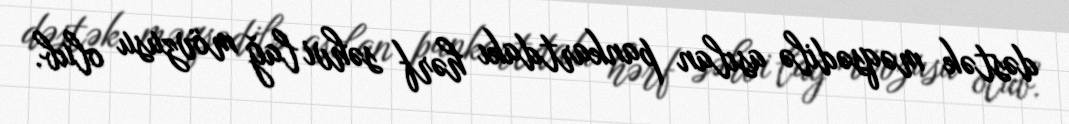
dəstək məqsədilə asılan pankartdakı hərf səhvi lağ mövzusu olub.